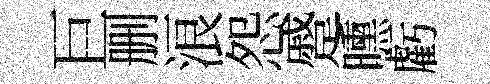
巨删浪怨蹙曛虧